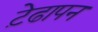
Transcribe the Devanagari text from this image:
ट़ेढापन